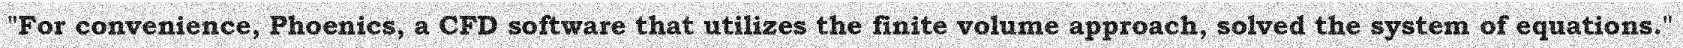
"For convenience, Phoenics, a CFD software that utilizes the finite volume approach, solved the system of equations."